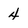
Character: 4